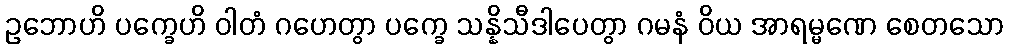
ဥဘောဟိ ပက္ခေဟိ ဝါတံ ဂဟေတွာ ပက္ခေ သန္နိသီဒါပေတွာ ဂမနံ ဝိယ အာရမ္မဏေ စေတသော